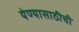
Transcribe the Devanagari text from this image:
येण्यासाठीची